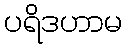
ပရိဒဟာမ